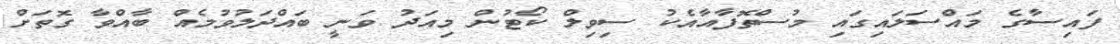
ފައިސާގެ މައްސަލައިގައި މުސްތޮފާއާއެކު ސިވިލް ކޯޓުން މިއަދު ވަނީ ބައްދަލުވުމެއް ބާއްވާ ގޮތަށް